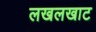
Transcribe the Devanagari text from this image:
लखलखाट